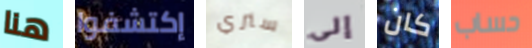
هنا إكتشفوا سنري إلى كان حساب